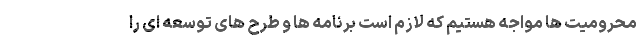
محرومیت ها مواجه هستیم که لازم است برنامه ها و طرح های توسعه ای را